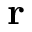
\mathbf { r }